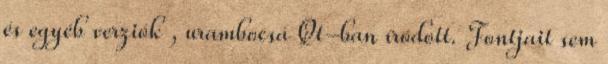
és egyéb verziók , urambocsá Qt-ban íródott. Fontjait sem